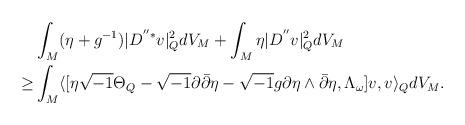
LaTeX: \begin{align*}&\int_M (\eta+g^{-1})|D^{''*}v|^2_QdV_M+\int_M \eta|D^{''}v|^2_QdV_M \\\ge &\int_M \langle[\eta \sqrt{-1}\Theta_Q-\sqrt{-1}\partial \bar{\partial}\eta-\sqrt{-1}g\partial\eta \wedge\bar{\partial}\eta, \Lambda_{\omega}]v,v\rangle_QdV_M.\end{align*}